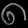
Digit: ၈